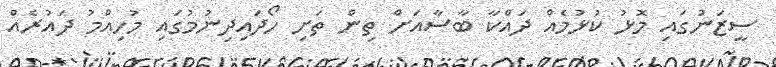
ސީޒަނުގައި މޮޅު ކުޅުމެއް ދައްކާ ބާސާއަށް ތިން ތަށި ހޯދައިދިނުމުގައި މުހިއްމު ދައުރެއް